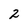
Character: 2